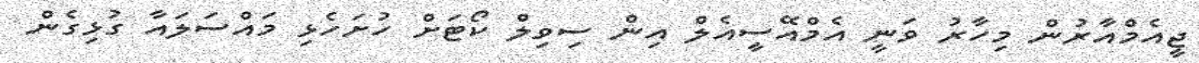
ޖީއެމްއާރުން މިހާރު ވަނީ އެމްއޭސީއެލް އިން ސިވިލް ކޯޓަށް ހުށަހެޅި މައްސަލައާ ގުޅިގެން